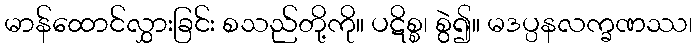
မာန်ထောင်လွှားခြင်း စသည်တို့ကို။ ပဋိစ္စ၊ စွဲ၍။ မဒပ္ပနလက္ခဏဿ၊